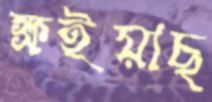
ক্ষইয়াছ